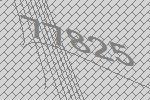
77825